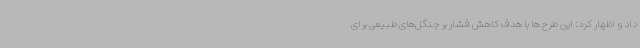
داد و اظهار کرد: این طرح ها با هدف کاهش فشار بر جنگل‌های طبیعی برای